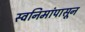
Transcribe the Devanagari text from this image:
स्वनिमांपासून